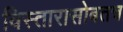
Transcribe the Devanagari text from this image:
विस्तारासोबतच